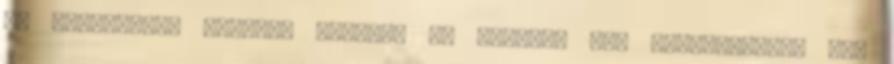
új eredményei szerint azonban az elválás nem történhetett 6,3